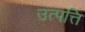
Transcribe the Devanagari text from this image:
उत्‍पत्ति